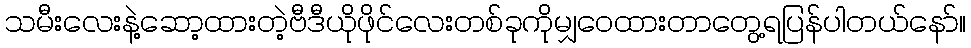
သမီးလေးနဲ့ဆော့ထားတဲ့ဗီဒီယိုဖိုင်လေးတစ်ခုကိုမျှဝေထားတာတွေ့ရပြန်ပါတယ်နော်။